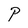
Character: P